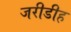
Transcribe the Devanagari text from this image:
जरीडीह